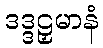
ဒဒ္ဒဠှမာနံ